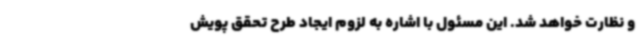
و نظارت خواهد شد. این مسئول با اشاره به لزوم ایجاد طرح تحقق پویش